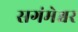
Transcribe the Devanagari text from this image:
सगंमेश्वर